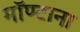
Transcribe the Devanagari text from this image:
मॉण्टाना